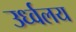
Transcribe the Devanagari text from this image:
उर्ध्वलय